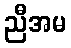
ညီအမ